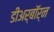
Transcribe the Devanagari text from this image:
डीअर्बॉर्न